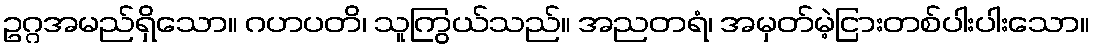
ဥဂ္ဂအမည်ရှိသော။ ဂဟပတိ၊ သူကြွယ်သည်။ အညတရံ၊ အမှတ်မဲ့ငြားတစ်ပါးပါးသော။